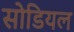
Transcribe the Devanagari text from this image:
सोडियल